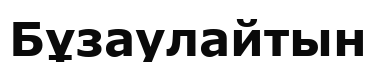
Бұзаулайтын